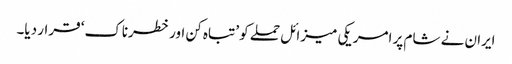
ایران نے شام پر امریکی میزائل حملے کو ’تباہ کن اور خطرناک‘ قرار دیا۔